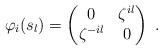
LaTeX: \begin{align*}\varphi_i(s_l) = \begin{pmatrix} 0 & \zeta^{il} \\ \zeta^{-il} & 0 \end{pmatrix} \;.\end{align*}